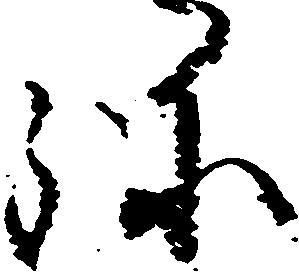
弥